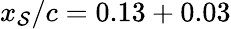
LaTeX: x_{\mathcal{S}}/c=0.13+0.03